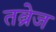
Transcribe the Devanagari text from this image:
तब्रेज